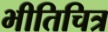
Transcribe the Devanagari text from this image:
भीतिचित्र